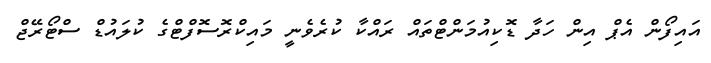
އައިފޯން އެޕް އިން ހަދާ ޑޮކިއުމަންޓްތައް ރައްކާ ކުރެވެނީ މައިކްރޮސޮފްޓްގެ ކުލައުޑް ސްޓޯރޭޖް